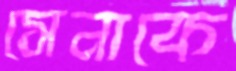
সেনাকে